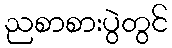
ညစာစားပွဲတွင်